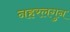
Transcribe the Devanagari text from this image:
नहरलगुन